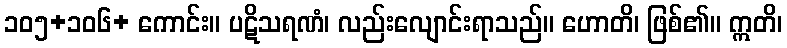
၁၀၅+၁၀၆+ ကောင်း။ ပဋိသရဏံ၊ လည်းလျောင်းရာသည်။ ဟောတိ၊ ဖြစ်၏။ ဣတိ၊